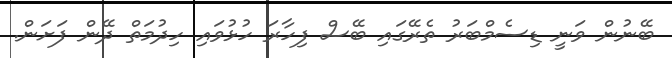
ބޭނުން ވަނީ ޑިސެމްބަރު ތެރޭގައި ބޭސް ފިހާރަ ހުޅުވައި ހިދުމަތް ދޭން ފަށަން.